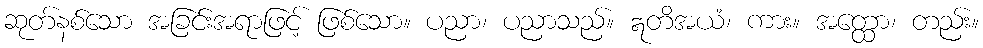
ဆုတ်နစ်သော အခြင်းအရာဖြင့် ဖြစ်သော။ ပညာ၊ ပညာသည်။ ဣတိအယံ၊ ကား။ အတ္ထော၊ တည်း။